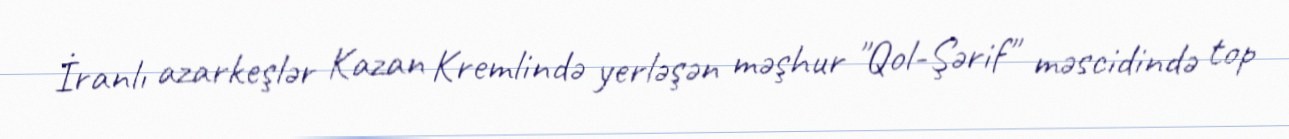
İranlı azarkeşlər Kazan Kremlində yerləşən məşhur "Qol-Şərif" məscidində top